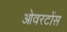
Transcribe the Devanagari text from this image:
ओवरटोंस